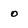
Character: o